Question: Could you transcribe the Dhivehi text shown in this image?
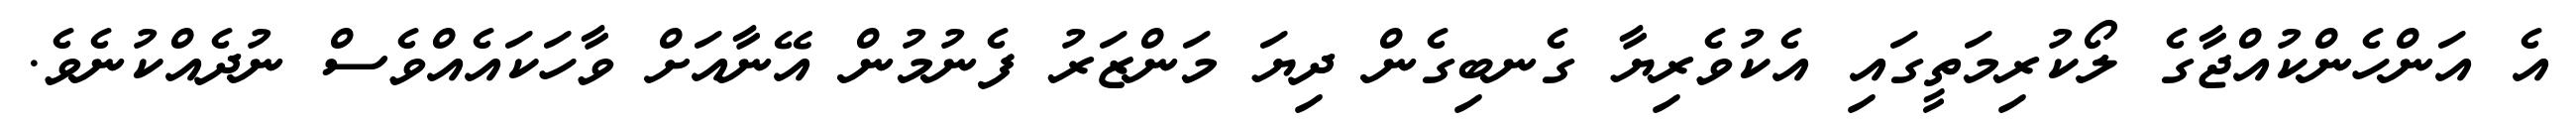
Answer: އެ އަންހެންކުއްޖާގެ ލޯކުރިމަތީގައި އެކުވެރިޔާ ގެނބިގެން ދިޔަ މަންޒަރު ފެނުމުން އޭނާއަށް ވާހަކައެއްވެސް ނުދެއްކުނެވެ.